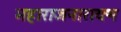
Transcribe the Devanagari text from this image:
महाराजनारायण